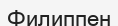
Филиппен